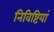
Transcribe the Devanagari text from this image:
निविष्टियां